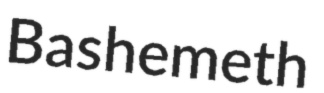
Bashemeth